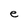
Character: e